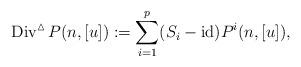
LaTeX: \begin{align*}\operatorname{Div}^{\vartriangle}P(n,[u]):=\sum_{i=1}^p(S_i-\operatorname{id})P^i(n,[u]),\end{align*}